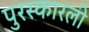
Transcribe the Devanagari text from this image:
पुरस्कारली